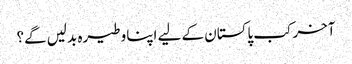
آخر کب پاکستان کے لیے اپنا وطیرہ بدلیں گے؟